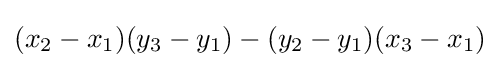
(x_{2}-x_{1})(y_{3}-y_{1})-(y_{2}-y_{1})(x_{3}-x_{1})